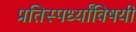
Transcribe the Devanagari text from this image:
प्रतिस्पर्ध्यांविषयी